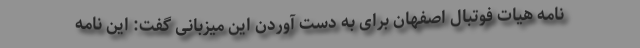
نامه هیات فوتبال اصفهان برای به دست آوردن این میزبانی گفت: این نامه